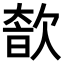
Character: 𣣩